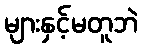
များနှင့်မတူဘဲ